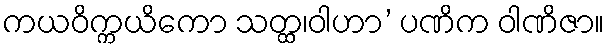
ကယဝိက္ကယိကော သတ္ထ၊ဝါဟာ’ ပဏိက ဝါဏိဇာ။